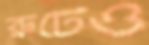
রুটেও